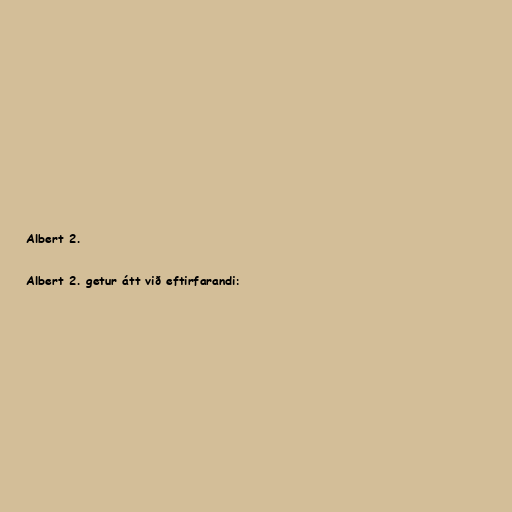
Albert 2.

Albert 2. getur átt við eftirfarandi: